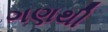
ગણથી